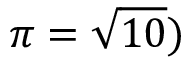
\pi = { \sqrt { 1 0 } } )